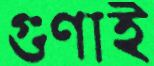
গুণাই